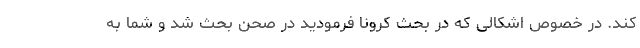
کند. در خصوص اشکالی که در بحث کرونا فرمودید در صحن بحث شد و شما به